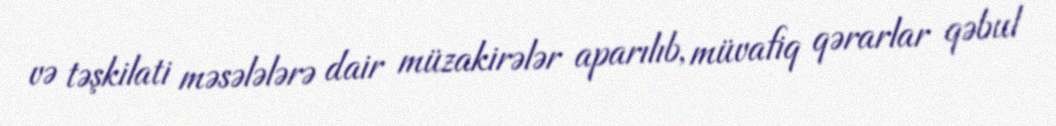
və təşkilati məsələlərə dair müzakirələr aparılıb, müvafiq qərarlar qəbul